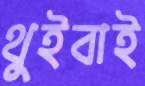
থুইবাই